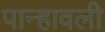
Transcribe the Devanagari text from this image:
पान्हावली